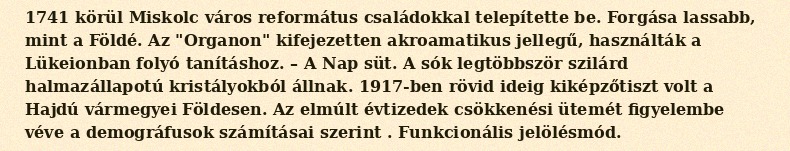
1741 körül Miskolc város református családokkal telepítette be. Forgása lassabb, mint a Földé. Az "Organon" kifejezetten akroamatikus jellegű, használták a Lükeionban folyó tanításhoz. – A Nap süt. A sók legtöbbször szilárd halmazállapotú kristályokból állnak. 1917-ben rövid ideig kiképzőtiszt volt a Hajdú vármegyei Földesen. Az elmúlt évtizedek csökkenési ütemét figyelembe véve a demográfusok számításai szerint . Funkcionális jelölésmód.